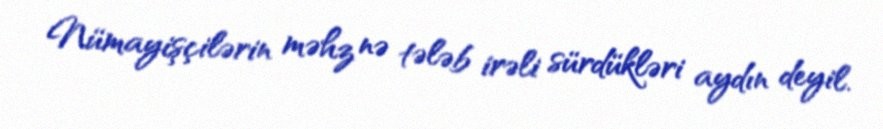
Nümayişçilərin məhz nə tələb irəli sürdükləri aydın deyil.